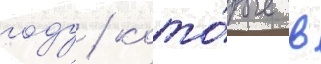
году / кото́рые в